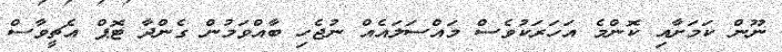
ނޫން ކަމަށާއި ކޮންމެ އަހަރަކުވެސް މައްސަލައެއް ނުޖެހި ބާއްވަމުން ގެންދާ ޓޮޕް އެޗީވާސް